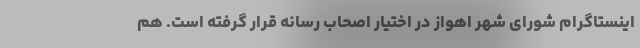
اینستاگرام شورای شهر اهواز در اختیار اصحاب رسانه قرار گرفته است. هم